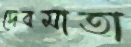
দেবমাতা